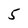
Character: 5